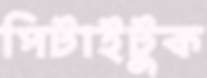
পিটাইটুক